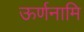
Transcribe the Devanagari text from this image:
ऊर्णनामि